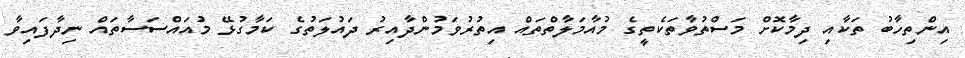
އިންތިހާބު ތަކާއި ދިމާކޮށް މަސްތުވާތަކެތީގެ މުއާމަލާތްތައް އިތުރުވަމުންދާއިރު ދައުލަތުގެ ކަމާގުޅޭ މުއައްސަސާތައް ނިދާފައިވާ